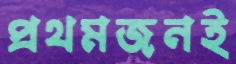
প্রথমজনই